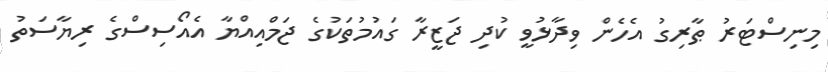
މިނިސްޓަރު ޠާރިގު އެހެން ވިދާޅުވީ ކުދި ޖަޒީރާ ގައުމުތަކުގެ ޖަމްއިއްޔާ އެއޯސިސްގެ ރިޔާސަތު